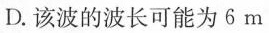
D.该波的波长可能为6m